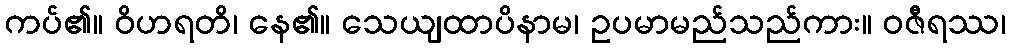
ကပ်၏။ ဝိဟရတိ၊ နေ၏။ သေယျထာပိနာမ၊ ဥပမာမည်သည်ကား။ ဝဇီရဿ၊